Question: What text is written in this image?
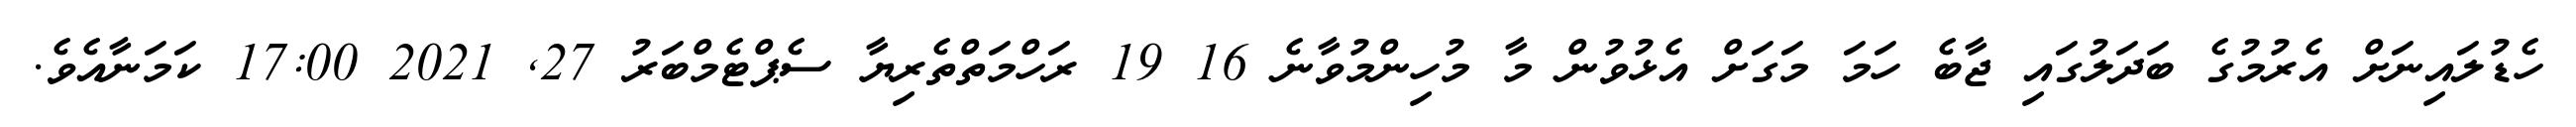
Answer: ހެޑުލައިނަށް އެރުމުގެ ބަދަލުގައި ޖާބެ ހަމަ މަގަށް އެޅުވުން މާ މުހިންމުވާނެ 16 19 ރަހްމަތްތެރިޔާ ސެޕްޓެމްބަރު 27, 2021 17:00 ކަމަނާއެވެ.